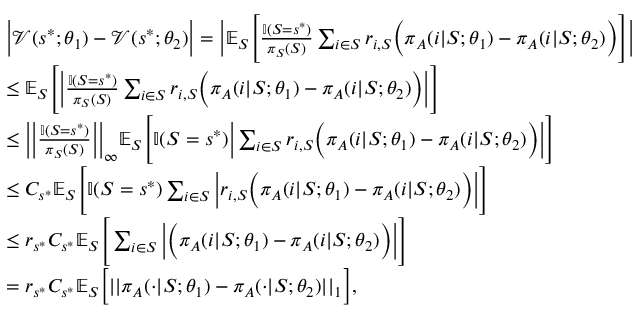
\begin{array} { r l } & { \bigg | \mathcal { V } ( s ^ { * } ; \theta _ { 1 } ) - \mathcal { V } ( s ^ { * } ; \theta _ { 2 } ) \bigg | = \bigg | \mathbb { E } _ { S } \Biggr [ \frac { \mathbb { I } ( S = s ^ { * } ) } { \pi _ { S } ( S ) } \sum _ { i \in S } r _ { i , S } \bigg ( \pi _ { A } ( i | S ; \theta _ { 1 } ) - \pi _ { A } ( i | S ; \theta _ { 2 } ) \bigg ) \Biggr ] \bigg | } \\ & { \leq \mathbb { E } _ { S } \Biggr [ \bigg | \frac { \mathbb { I } ( S = s ^ { * } ) } { \pi _ { S } ( S ) } \sum _ { i \in S } r _ { i , S } \bigg ( \pi _ { A } ( i | S ; \theta _ { 1 } ) - \pi _ { A } ( i | S ; \theta _ { 2 } ) \bigg ) \bigg | \Biggr ] } \\ & { \leq \bigg | \bigg | \frac { \mathbb { I } ( S = s ^ { * } ) } { \pi _ { S } ( S ) } \bigg | \bigg | _ { \infty } \mathbb { E } _ { S } \Biggr [ \mathbb { I } ( S = s ^ { * } ) \bigg | \sum _ { i \in S } r _ { i , S } \bigg ( \pi _ { A } ( i | S ; \theta _ { 1 } ) - \pi _ { A } ( i | S ; \theta _ { 2 } ) \bigg ) \bigg | \Biggr ] } \\ & { \leq C _ { s ^ { * } } \mathbb { E } _ { S } \Biggr [ \mathbb { I } ( S = s ^ { * } ) \sum _ { i \in S } \bigg | r _ { i , S } \bigg ( \pi _ { A } ( i | S ; \theta _ { 1 } ) - \pi _ { A } ( i | S ; \theta _ { 2 } ) \bigg ) \bigg | \Biggr ] } \\ & { \leq r _ { s ^ { \ast } } C _ { s ^ { * } } \mathbb { E } _ { S } \Biggr [ \sum _ { i \in S } \bigg | \bigg ( \pi _ { A } ( i | S ; \theta _ { 1 } ) - \pi _ { A } ( i | S ; \theta _ { 2 } ) \bigg ) \bigg | \Biggr ] } \\ & { = r _ { s ^ { \ast } } C _ { s ^ { * } } \mathbb { E } _ { S } \bigg [ | | \pi _ { A } ( \cdot | S ; \theta _ { 1 } ) - \pi _ { A } ( \cdot | S ; \theta _ { 2 } ) | | _ { 1 } \bigg ] , } \end{array}